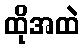
ထိုအထဲ